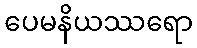
ပေမနိယဿရော